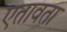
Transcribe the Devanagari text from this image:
एतावता